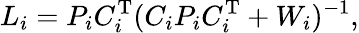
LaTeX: {\mathbf{}}L_{i}=P_{i}C_{i}^{\mathrm{T}}(C_{i}P_{i}C_{i}^{\mathrm{T}}+W_{i})^{-1},